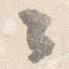
々